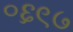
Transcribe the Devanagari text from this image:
०६९७